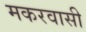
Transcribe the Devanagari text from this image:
मकरवासी